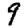
Digit: 9